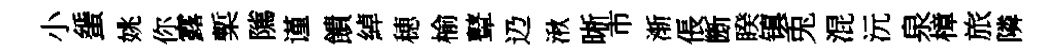
小蜑姚你露槧隲谨饋綽穂榆鼙辸湫晰市渐倀㫁睽镇兎混沅泉樟旅隣